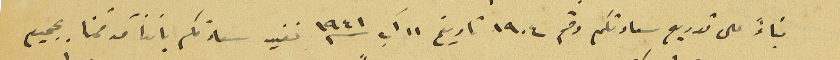
بناءً على توريع سعادتكم رقم ١٩٠٤ تاريخ ١١ آب سنه ١٩٤١ نفيد سعادتكم باننا قد قمنا بجميع